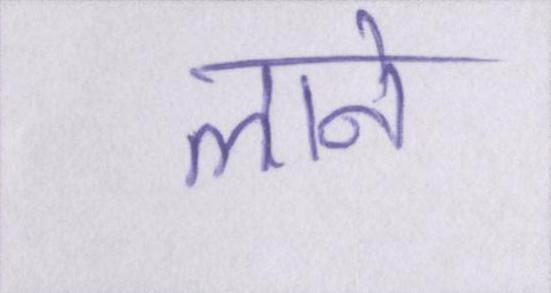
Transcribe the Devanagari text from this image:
लाने